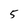
Character: 5